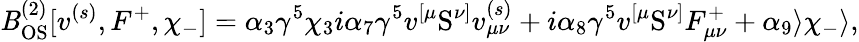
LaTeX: \mathit{B}_{\mathrm{{OS}}}^{(2)}[v^{(s)},F^{+},\chi_{-}]=\alpha_{3}\gamma^{5}\chi_{3}i\alpha_{7}\gamma^{5}v^{[\mu}\mathrm{{S}}^{\nu]}v_{\mu\nu}^{(s)}+i\alpha_{8}\gamma^{5}v^{[\mu}\mathrm{{S}}^{\nu]}F_{\mu\nu}^{+}+\alpha_{9}\rangle\chi_{-}\rangle,